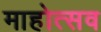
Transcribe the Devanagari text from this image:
माहोत्सव